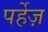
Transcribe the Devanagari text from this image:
पर्हेज़